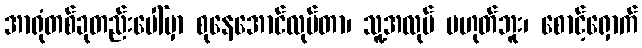
အာရုံတစ်ခုတည်းပေါ်မှာ စုနေအောင်လုပ်တာ၊ သူ့အလုပ် မဟုတ်ဘူး၊ စောင့်ရှောက်